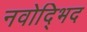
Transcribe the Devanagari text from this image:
नवोद्भिद